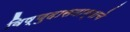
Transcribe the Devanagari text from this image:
विष्णुदासनाम्याचे